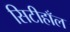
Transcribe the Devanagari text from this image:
सिटीहाँल